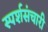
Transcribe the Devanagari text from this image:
स्पर्शसंचारी